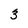
Character: 3